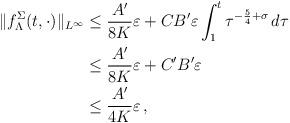
LaTeX: \begin{align*}\|f^{\Sigma}_{\Lambda}(t,\cdot)\|_{L^{\infty}} & \le \frac{A'}{8 K}\varepsilon + CB'\varepsilon\int_1^t \tau^{-\frac{5}{4}+\sigma} \, d\tau\\& \le \frac{A'}{8K}\varepsilon + C'B'\varepsilon \\& \le \frac{A'}{4K}\varepsilon \, ,\end{align*}